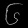
Digit: ၆